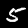
Label: 5